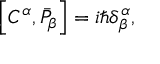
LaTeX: \left[ C ^ { \alpha } , \bar { { \cal P } } _ { \beta } \right] = i \hbar \delta _ { \beta } ^ { \alpha } ,